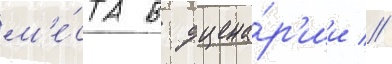
м'е́ста в сцена́р'ии //